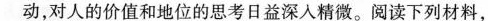
动，对人的价值和地位的思考日益深入精微。阅读下列材料，